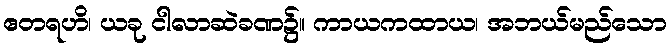
ဧတရဟိ၊ ယခု ငါလာဆဲခဏ၌။ ကာယကထာယ၊ အဘယ်မည်သော